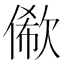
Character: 𠍫